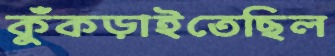
কুঁকড়াইতেছিল